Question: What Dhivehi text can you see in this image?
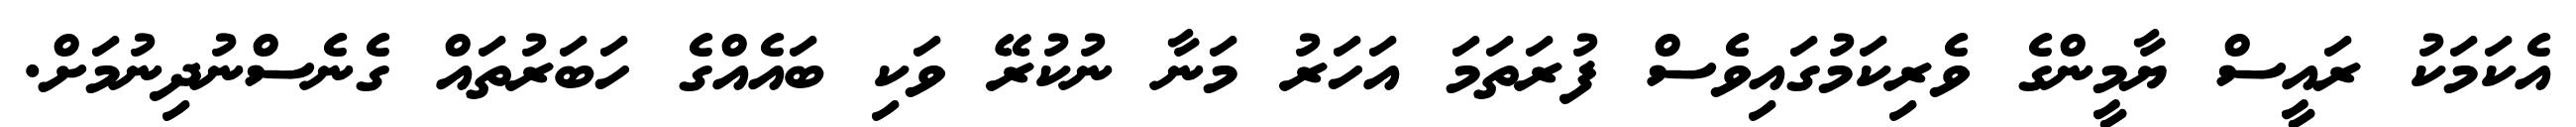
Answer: އެކަމަކު ރައީސް ޔާމީންގެ ވެރިކަމުގައިވެސް ފުރަތަމަ އަހަރު މަނާ ނުކުރޭ ވަކި ބައެއްގެ ހަބަރުތައް ގެނެސްނުދިނުމަށް.